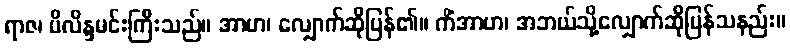
ရာဇ၊ မိလိန္ဒမင်းကြီးသည်။ အာဟ၊ လျှောက်ဆိုပြန်၏။ ကိံအာဟ၊ အဘယ်သို့လျှောက်ဆိုပြန်သနည်း။